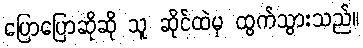
ပြောပြောဆိုဆို သူ ဆိုင်ထဲမှ ထွက်သွားသည်။